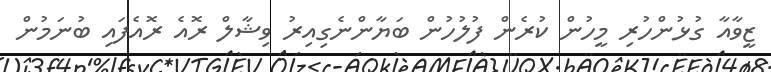
ޒީވާއާ ގުޅުންހުރި މީހުން ކުރެން ފުލުހުން ބަޔާންނެގިއިރު ވިޝާލް ރޮއެ ރޮއެފައި ބުނަމުން